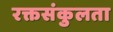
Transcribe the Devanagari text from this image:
रक्तसंकुलता